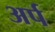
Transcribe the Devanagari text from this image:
अर्प